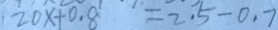
2 0 x + 0 . 8 = 2 . 5 - 0 . 7